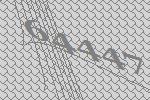
64447